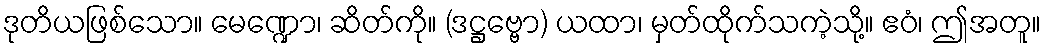
ဒုတိယဖြစ်သော။ မေဏ္ဍော၊ ဆိတ်ကို။ (ဒဋ္ဌဗ္ဗော) ယထာ၊ မှတ်ထိုက်သကဲ့သို့။ ဧဝံ၊ ဤအတူ။